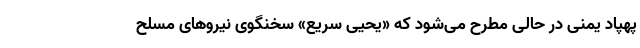
پهپاد یمنی در حالی مطرح می‌شود که «یحیی سریع» سخنگوی نیروهای مسلح